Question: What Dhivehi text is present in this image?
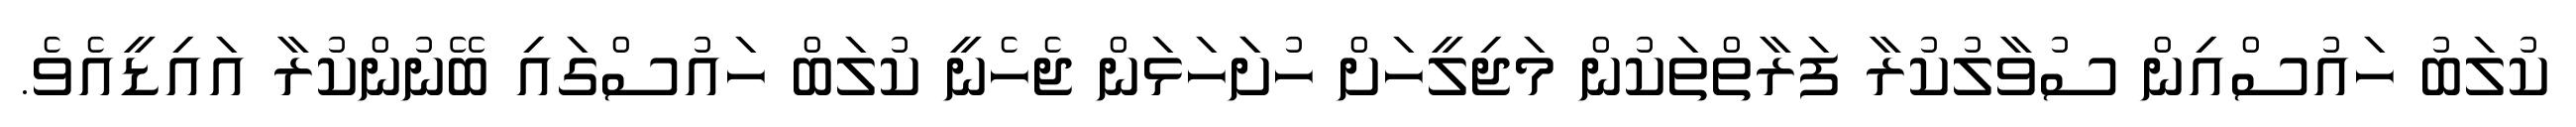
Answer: ކުލަބު ހައުސްއިން ސުވާލުކުރާ ފަރާތްތަކުން މަޖިލީހަށް ހުށަަހަޅަން ޖެހެނީ ކުލަބް ހައުސްގައި ބޭނުންކުރާ އައިޑީއެވެ.